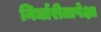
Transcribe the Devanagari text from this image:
निर्धारीतापेक्षा